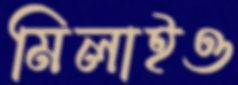
মিলাইও